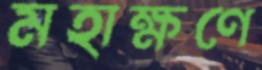
মহাক্ষণে